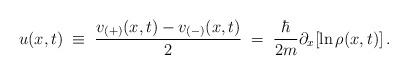
LaTeX: \begin{align*}u(x,t) \; \equiv \; \frac{v_{(+)}(x,t) - v_{(-)}(x,t)}{2} \; = \;\frac{\hbar}{2m}\partial_{x}[\ln\rho(x,t)] \, .\end{align*}